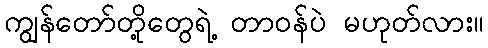
ကျွန်တော်တို့တွေရဲ့ တာဝန်ပဲ မဟုတ်လား။